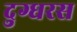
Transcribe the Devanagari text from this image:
दुग्धरस